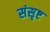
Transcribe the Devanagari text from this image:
संसृष्ट